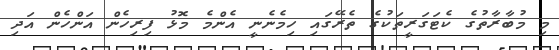
މި މުބާރާތުގެ ކެޓަގަރީތަކުގެ ތެރޭގައި ހިމެނެނީ އެންމެ މޮޅު ފިރިހެން އަންހެން އަދި